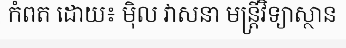
កំពត ដោយ៖ ម៉ិល វាសនា មន្ត្រីវិទ្យាស្ថាន